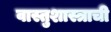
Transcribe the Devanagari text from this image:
वास्तुशास्त्राची